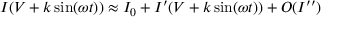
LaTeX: I ( V + k \sin ( \omega t ) ) \approx I _ { 0 } + I ^ { \prime } ( V + k \sin ( \omega t ) ) + O ( I ^ { \prime \prime } )